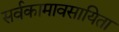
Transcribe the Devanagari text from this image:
सर्वकामावसायिता